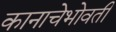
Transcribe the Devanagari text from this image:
कानाचेभोवती